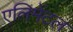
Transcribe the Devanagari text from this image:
एलिमेंटल